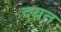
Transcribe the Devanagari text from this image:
दबत